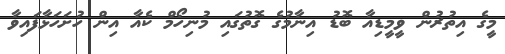
މީގެ އިތުރުން ވީމީޑިއާ ބޮޑު އިނާމުގެ ގޮތުގައި މުނިހޯމް ކެއާ އިން ހުށަހަޅާފައިވާ